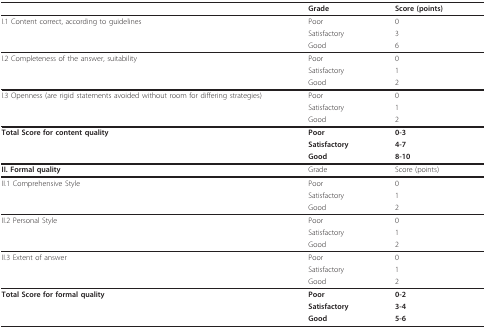
<table><thead><tr><td>[EMPTY_CELL]</td><td><b>Grade</b></td><td><b>Score (points)</b></td></tr></thead><tbody><tr><td>I.1 Content correct, according to guidelines</td><td>Poor</td><td>0</td></tr><tr><td>[EMPTY_CELL]</td><td>Satisfactory</td><td>3</td></tr><tr><td>[EMPTY_CELL]</td><td>Good</td><td>6</td></tr><tr><td>I.2 Completeness of the answer, suitability</td><td>Poor</td><td>0</td></tr><tr><td>[EMPTY_CELL]</td><td>Satisfactory</td><td>1</td></tr><tr><td>[EMPTY_CELL]</td><td>Good</td><td>2</td></tr><tr><td>I.3 Openness (are rigid statements avoided without room for differing strategies)</td><td>Poor</td><td>0</td></tr><tr><td>[EMPTY_CELL]</td><td>Satisfactory</td><td>1</td></tr><tr><td>[EMPTY_CELL]</td><td>Good</td><td>2</td></tr><tr><td><b>Total Score for content quality</b></td><td><b>Poor</b></td><td><b>0-3</b></td></tr><tr><td>[EMPTY_CELL]</td><td><b>Satisfactory</b></td><td><b>4-7</b></td></tr><tr><td>[EMPTY_CELL]</td><td><b>Good</b></td><td><b>8-10</b></td></tr><tr><td><b>II. Formal quality</b></td><td>Grade</td><td>Score (points)</td></tr><tr><td>II.1 Comprehensive Style</td><td>Poor</td><td>0</td></tr><tr><td>[EMPTY_CELL]</td><td>Satisfactory</td><td>1</td></tr><tr><td>[EMPTY_CELL]</td><td>Good</td><td>2</td></tr><tr><td>II.2 Personal Style</td><td>Poor</td><td>0</td></tr><tr><td>[EMPTY_CELL]</td><td>Satisfactory</td><td>1</td></tr><tr><td>[EMPTY_CELL]</td><td>Good</td><td>2</td></tr><tr><td>II.3 Extent of answer</td><td>Poor</td><td>0</td></tr><tr><td>[EMPTY_CELL]</td><td>Satisfactory</td><td>1</td></tr><tr><td>[EMPTY_CELL]</td><td>Good</td><td>2</td></tr><tr><td><b>Total Score for formal quality</b></td><td><b>Poor</b></td><td><b>0-2</b></td></tr><tr><td>[EMPTY_CELL]</td><td><b>Satisfactory</b></td><td><b>3-4</b></td></tr><tr><td>[EMPTY_CELL]</td><td><b>Good</b></td><td><b>5-6</b></td></tr></tbody></table>